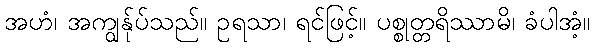
အဟံ၊ အကျွန်ုပ်သည်။ ဥရသာ၊ ရင်ဖြင့်။ ပစ္စုတ္တရိဿာမိ၊ ခံပါအံ့။